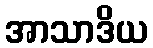
အာသာဒိယ